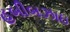
હબીબઝાઇ